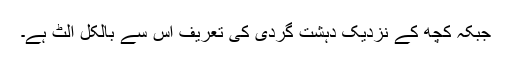
جبکہ کچھ کے نزدیک دہشت گردی کی تعریف اس سے بالکل الٹ ہے۔